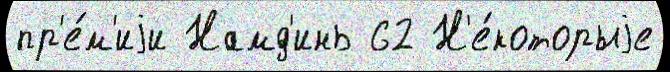
пр'е́м'иjи Намд'инь 62 Н'е́которыjе